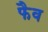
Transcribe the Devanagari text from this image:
फैव